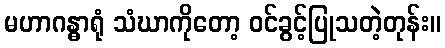
မဟာဂန္ဓာရုံ သံဃာကိုတော့ ဝင်ခွင့်ပြုသတဲ့တုန်း။